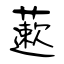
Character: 藗